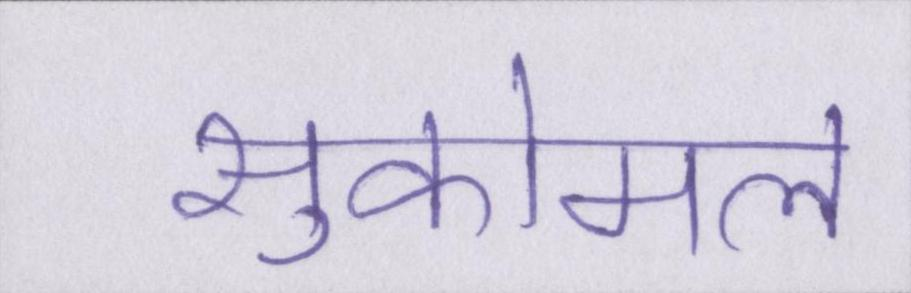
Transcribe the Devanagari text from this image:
सुकोमल